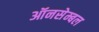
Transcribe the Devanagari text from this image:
ऑनसेम्बल